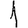
Digit: 1